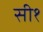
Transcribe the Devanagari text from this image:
सी१